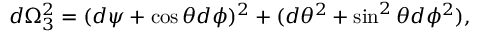
d \Omega _ { 3 } ^ { 2 } = ( d \psi + \cos \theta d \phi ) ^ { 2 } + ( d \theta ^ { 2 } + \sin ^ { 2 } \theta d \phi ^ { 2 } ) ,